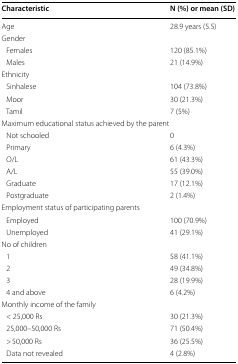
<table><thead><tr><td><b>Characteristic</b></td><td><b>N (%) or mean (SD)</b></td></tr></thead><tbody><tr><td>Age</td><td>28.9 years (5.5)</td></tr><tr><td colspan="2">Gender</td></tr><tr><td> Females</td><td>120 (85.1%)</td></tr><tr><td> Males</td><td>21 (14.9%)</td></tr><tr><td colspan="2">Ethnicity</td></tr><tr><td> Sinhalese</td><td>104 (73.8%)</td></tr><tr><td> Moor</td><td>30 (21.3%)</td></tr><tr><td> Tamil</td><td>7 (5%)</td></tr><tr><td colspan="2">Maximum educational status achieved by the parent</td></tr><tr><td> Not schooled</td><td>0</td></tr><tr><td> Primary</td><td>6 (4.3%)</td></tr><tr><td> O/L</td><td>61 (43.3%)</td></tr><tr><td> A/L</td><td>55 (39.0%)</td></tr><tr><td> Graduate</td><td>17 (12.1%)</td></tr><tr><td> Postgraduate</td><td>2 (1.4%)</td></tr><tr><td colspan="2">Employment status of participating parents</td></tr><tr><td> Employed</td><td>100 (70.9%)</td></tr><tr><td> Unemployed</td><td>41 (29.1%)</td></tr><tr><td colspan="2">No of children</td></tr><tr><td> 1</td><td>58 (41.1%)</td></tr><tr><td> 2</td><td>49 (34.8%)</td></tr><tr><td> 3</td><td>28 (19.9%)</td></tr><tr><td> 4 and above</td><td>6 (4.2%)</td></tr><tr><td colspan="2">Monthly income of the family</td></tr><tr><td> &lt; 25,000 Rs</td><td>30 (21.3%)</td></tr><tr><td> 25,000–50,000 Rs</td><td>71 (50.4%)</td></tr><tr><td> &gt; 50,000 Rs</td><td>36 (25.5%)</td></tr><tr><td> Data not revealed</td><td>4 (2.8%)</td></tr></tbody></table>